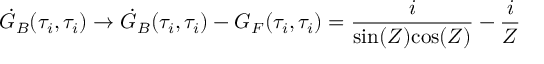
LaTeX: \dot { \cal G } _ { B } ( \tau _ { i } , \tau _ { i } ) \rightarrow \dot { \cal G } _ { B } ( \tau _ { i } , \tau _ { i } ) - { \cal G } _ { F } ( \tau _ { i } , \tau _ { i } ) = { \frac { i } { \mathrm { s i n } ( { \cal Z } ) \mathrm { c o s } ( { \cal Z } ) } } - { \frac { i } { \cal Z } }